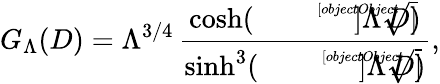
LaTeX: G_{\Lambda}(D)=\Lambda^{3/4}\, \frac{\cosh(\sqrt[[objectObject]]]{\Lambda}\, D)}{\sinh^{3}(\sqrt[[objectObject]]]{\Lambda}\, D)},